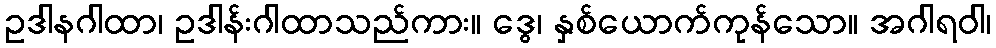
ဥဒါနဂါထာ၊ ဥဒါန်းဂါထာသည်ကား။ ဒွေ၊ နှစ်ယောက်ကုန်သော။ အဂါရဝါ၊